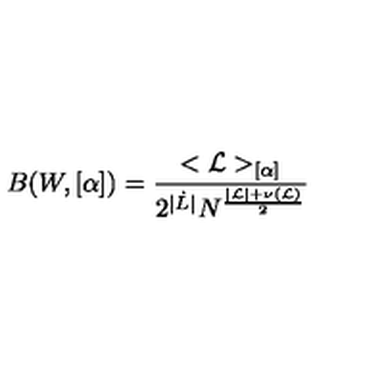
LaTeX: B ( W , [ \alpha ] ) = \frac { < { \cal L } > _ { [ \alpha ] } } { 2 ^ { | \dot { L } | } N ^ { \frac { | { \cal L } | + \nu ( { \cal L } ) } { 2 } } }